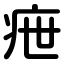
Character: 疶